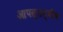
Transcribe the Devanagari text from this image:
आपस्तम्बीय